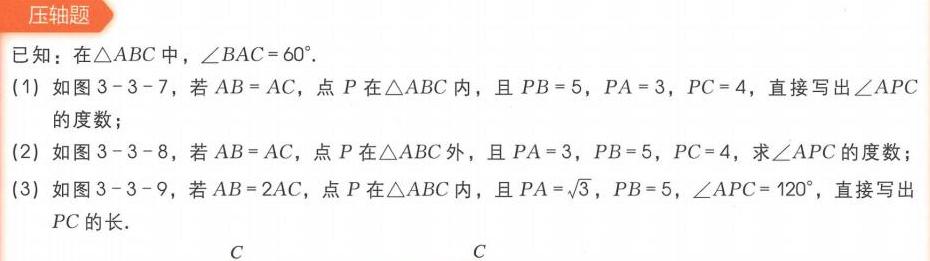
### 压轴题
已知：在\(\triangle ABC\)中，\(\angle BAC = 60^{\circ}\)。
(1) 如图3 - 3 - 7，若\(AB = AC\)，点\(P\)在\(\triangle ABC\)内，且\(PB = 5\)，\(PA = 3\)，\(PC = 4\)，直接写出\(\angle APC\)的度数；
(2) 如图3 - 3 - 8，若\(AB = AC\)，点\(P\)在\(\triangle ABC\)外，且\(PA = 3\)，\(PB = 5\)，\(PC = 4\)，求\(\angle APC\)的度数；
(3) 如图3 - 3 - 9，若\(AB = 2AC\)，点\(P\)在\(\triangle ABC\)内，且\(PA=\sqrt{3}\)，\(PB = 5\)，\(\angle APC = 120^{\circ}\)，直接写出\(PC\)的长。